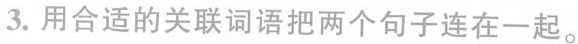
3.用合适的关联词语把两个句子连在一起。